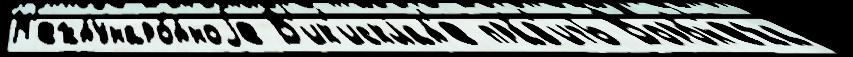
М'еждунаро́дноjе В'ик'исклад'е пра́в'ить Воро́н'ежа